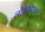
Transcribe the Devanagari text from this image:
लोकहितकर